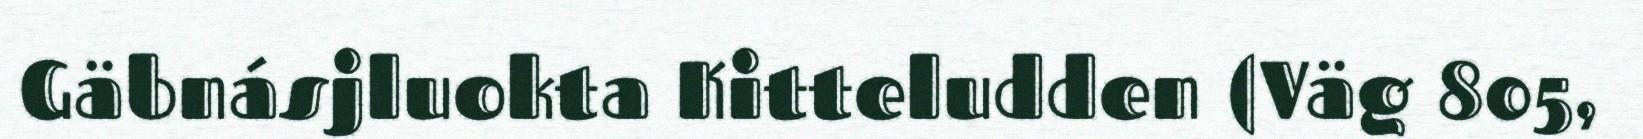
Gäbnásjluokta Kitteludden (Väg 805,